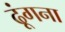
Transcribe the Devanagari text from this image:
ढूंगना